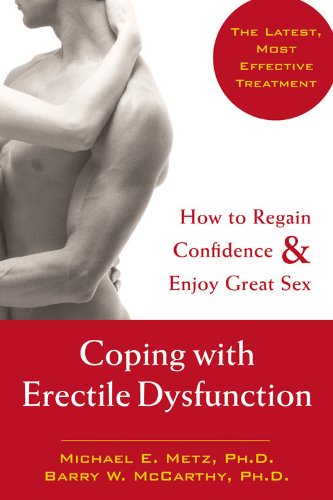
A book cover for Coping with Erectile Dysfunction: How to Regain Confidence and Enjoy Great Sex; Barry W. McCarthy PhD; Health, Fitness & Dieting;